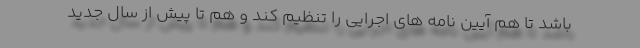
باشد تا هم آیین نامه های اجرایی را تنظیم کند و هم تا پیش از سال جدید